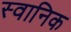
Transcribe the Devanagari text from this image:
स्वानिक